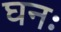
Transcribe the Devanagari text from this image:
घनः